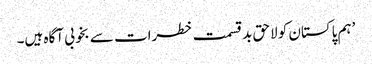
’ہم پاکستان کو لاحق بدقسمت خطرات سے بخوبی آگاہ ہیں۔